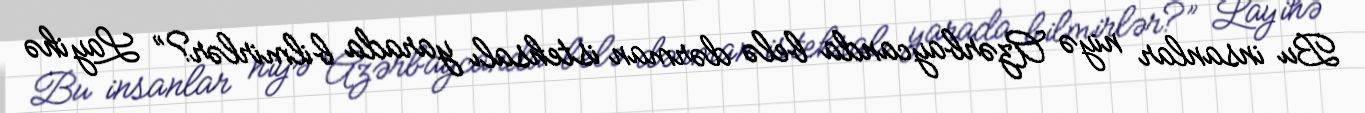
Bu insanlar niyə Azərbaycanda belə dərman istehsalı yarada bilmirlər?” Layihə